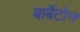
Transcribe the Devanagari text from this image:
बार्बेटोन